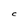
Character: C